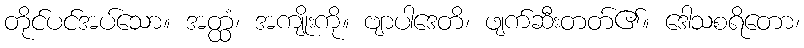
တိုင်ပင်အပ်သော။ အတ္ထံ၊ အကျိုးကို။ ဗျာပါဒေတိ၊ ဖျက်ဆီးတတ်၏။ ဒေါသစရိတော၊